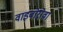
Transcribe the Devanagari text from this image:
वाइबोरोवा